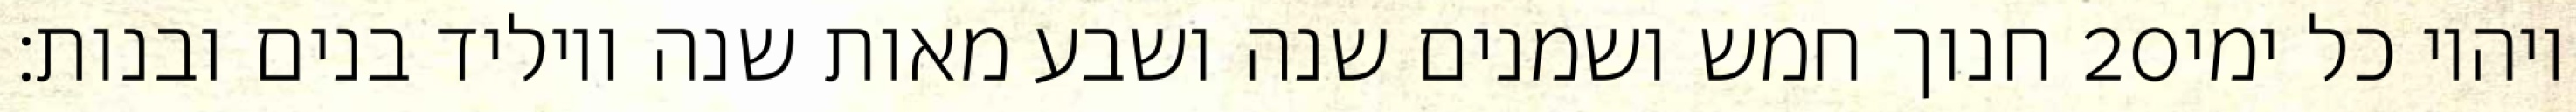
חנוך חמש ושמנים שנה ושבע מאות שנה ויוליד בנים ובנות׃ ‎20‏ ויהיו כל ימי